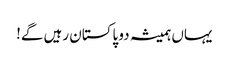
یہاں ہمیشہ دو پاکستان رہیں گے!